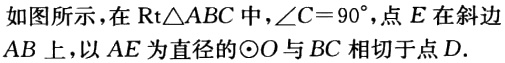
如图所示，在$\text{Rt}\triangle ABC$中，$\angle C = 90^{\circ}$，点$E$在斜边$AB$上，以$AE$为直径的$\odot O$与$BC$相切于点$D.$